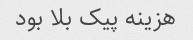
هزینه پیک بلا بود